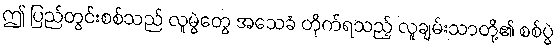
ဤ ပြည်တွင်းစစ်သည် လူမွဲတွေ အသေခံ တိုက်ရသည့် လူချမ်းသာတို့၏ စစ်ပွဲ